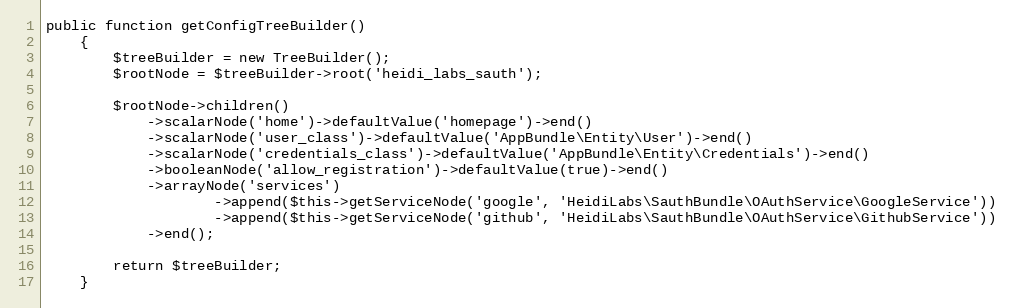
Language: PHP
public function getConfigTreeBuilder()
    {
        $treeBuilder = new TreeBuilder();
        $rootNode = $treeBuilder->root('heidi_labs_sauth');

        $rootNode->children()
            ->scalarNode('home')->defaultValue('homepage')->end()
            ->scalarNode('user_class')->defaultValue('AppBundle\Entity\User')->end()
            ->scalarNode('credentials_class')->defaultValue('AppBundle\Entity\Credentials')->end()
            ->booleanNode('allow_registration')->defaultValue(true)->end()
            ->arrayNode('services')
                    ->append($this->getServiceNode('google', 'HeidiLabs\SauthBundle\OAuthService\GoogleService'))
                    ->append($this->getServiceNode('github', 'HeidiLabs\SauthBundle\OAuthService\GithubService'))
            ->end();

        return $treeBuilder;
    }